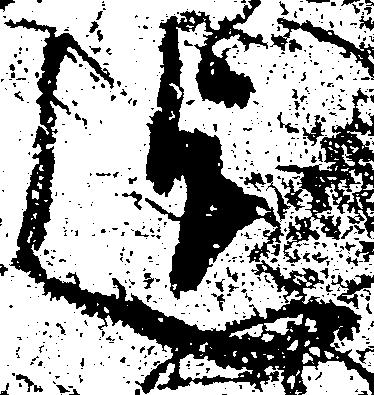
迄